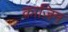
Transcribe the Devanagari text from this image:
क़ाज़िम